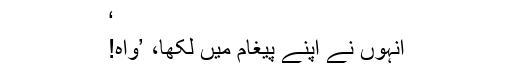
‘
انہوں نے اپنے پیغام میں لکھا، ’واہ!